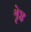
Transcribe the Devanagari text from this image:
श्रृेष्ठ